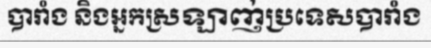
បារាំង និងអ្នកស្រឡាញ់ប្រទេសបារាំង